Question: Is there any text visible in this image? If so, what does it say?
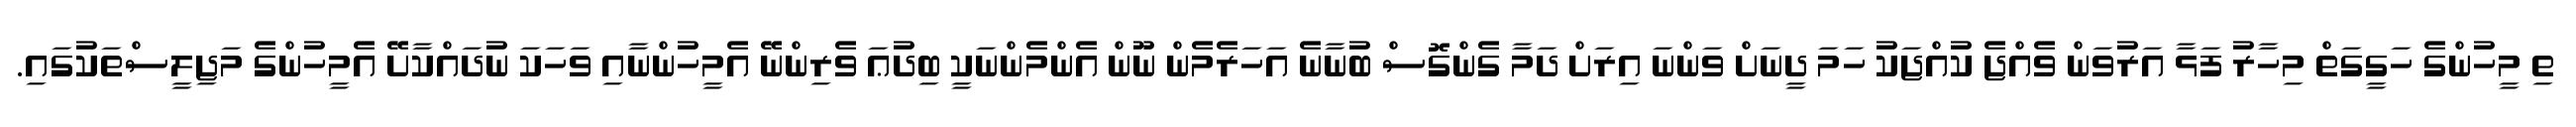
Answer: ތި މީހުންގެ ހަގީގަތް މިހާރު ފަޅާ އަރުވަން ވެއްޖެ ކުއްޖަކު ހަމަ ދީނަށް ވަންނަ އިރަށް ދަމާ ގެންގޮސް ބުނާނެ އަހަރެމެން ނޫން އެންމެންނަކީ ބިދުޢަ ވެރިންނޭ އެމީހުންނާއި ވަހަކަ ނުދައްކާށޭ އެމީހުންގެ މަޖިލީސްތަކުގައި.